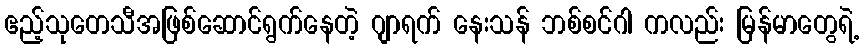
ဧည့်သုတေသီအဖြစ်ဆောင်ရွက်နေတဲ့ ဂျာရက် နေးသန် ဘစ်စင်ဂါ ကလည်း မြန်မာတွေရဲ့